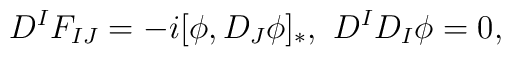
D^IF_{IJ}=-i[\phi,D_J\phi]_*,\ D^ID_I\phi=0,